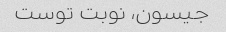
جیسون، نوبت توست